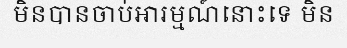
មិនបានចាប់អារម្មណ៍នោះទេ មិន